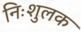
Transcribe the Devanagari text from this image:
निःशुलक